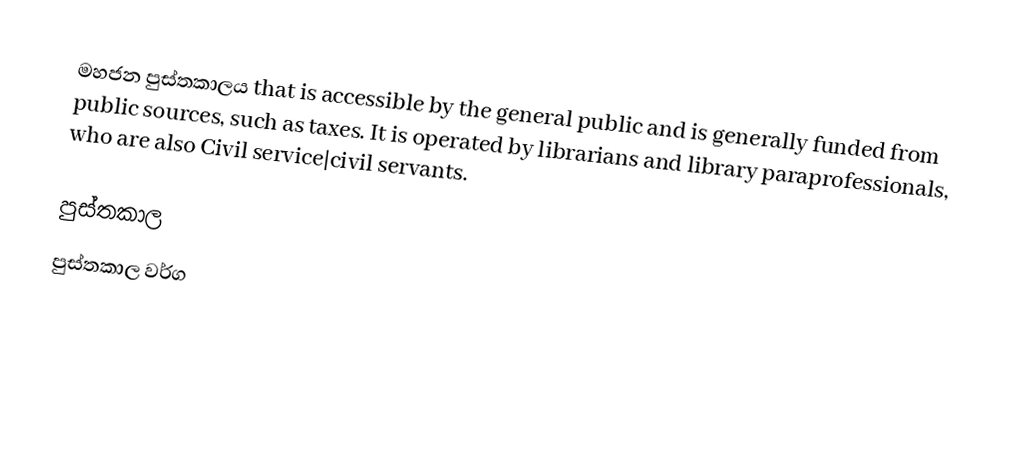
මහජන පුස්තකාලය that is accessible by the general public and is generally funded from public sources, such as taxes. It is operated by librarians and library paraprofessionals, who are also Civil service|civil servants.

පුස්තකාල
පුස්තකාල වර්ග